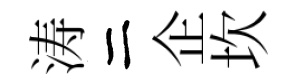
涛二企坎